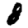
Digit: 8